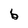
Character: b